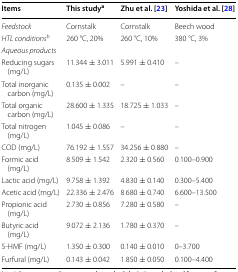
<table><thead><tr><td><b>Items</b></td><td><b>This study<sup>a</sup></b></td><td><b>Zhu et al. [23]</b></td><td><b>Yoshida et al. [28]</b></td></tr></thead><tbody><tr><td><i>Feedstock</i></td><td>Cornstalk</td><td>Cornstalk</td><td>Beech wood</td></tr><tr><td><i>HTL conditions</i><sup>b</sup></td><td>260 °C, 20%</td><td>260 °C, 10%</td><td>380 °C, 3%</td></tr><tr><td colspan="4"><i>Aqueous products</i></td></tr><tr><td>Reducing sugars (mg/L)</td><td>11.344 ± 3.011</td><td>5.991 ± 0.410</td><td>–</td></tr><tr><td>Total inorganic carbon (mg/L)</td><td>0.135 ± 0.002</td><td>–</td><td>–</td></tr><tr><td>Total organic carbon (mg/L)</td><td>28.600 ± 1.335</td><td>18.725 ± 1.033</td><td>–</td></tr><tr><td>Total nitrogen (mg/L)</td><td>1.045 ± 0.086</td><td>–</td><td>–</td></tr><tr><td>COD (mg/L)</td><td>76.192 ± 1.557</td><td>34.256 ± 0.880</td><td>–</td></tr><tr><td>Formic acid (mg/L)</td><td>8.509 ± 1.542</td><td>2.320 ± 0.560</td><td>0.100–0.900</td></tr><tr><td>Lactic acid (mg/L)</td><td>9.758 ± 1.392</td><td>4.830 ± 0.140</td><td>0.300–5.400</td></tr><tr><td>Acetic acid (mg/L)</td><td>22.336 ± 2.476</td><td>8.680 ± 0.740</td><td>6.600–13.500</td></tr><tr><td>Propionic acid (mg/L)</td><td>2.730 ± 0.856</td><td>7.280 ± 0.580</td><td>–</td></tr><tr><td>Butyric acid (mg/L)</td><td>9.072 ± 2.136</td><td>1.780 ± 0.370</td><td>–</td></tr><tr><td>5-HMF (mg/L)</td><td>1.350 ± 0.300</td><td>0.140 ± 0.010</td><td>0–3.700</td></tr><tr><td>Furfural (mg/L)</td><td>0.143 ± 0.042</td><td>1.850 ± 0.050</td><td>0.100–4.400</td></tr></tbody></table>